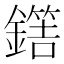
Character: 𨬼